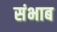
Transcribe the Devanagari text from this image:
संभाब